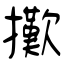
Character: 擹